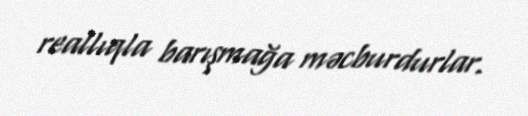
reallıqla barışmağa məcburdurlar.